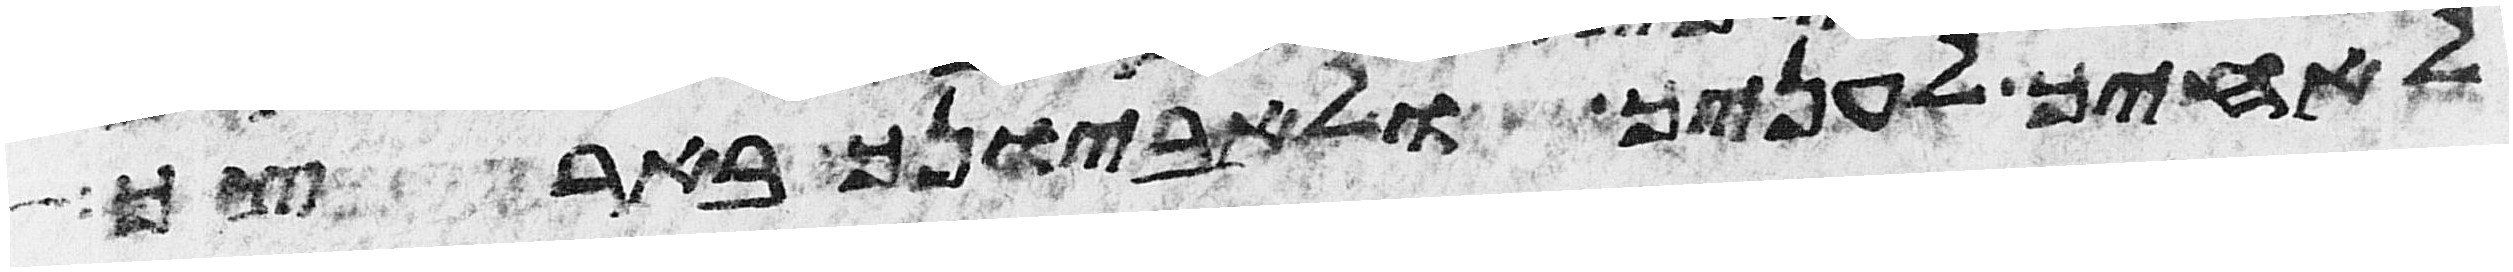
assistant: לאחיך לעניך ולאביונך בארצך